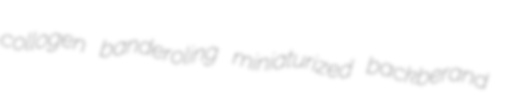
collogen banderoling miniaturized backberand